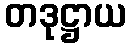
တဒုဋ္ဌာယ